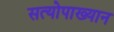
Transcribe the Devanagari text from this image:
सत्योपाख्यान